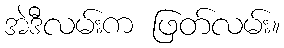
အဲဒီလမ်းက ဖြတ်လမ်း။